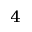
_ 4